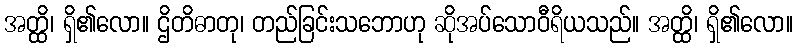
အတ္ထိ၊ ရှိ၏လော။ ဌိတိဓာတု၊ တည်ခြင်းသဘောဟု ဆိုအပ်သောဝီရိယသည်။ အတ္ထိ၊ ရှိ၏လော။